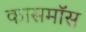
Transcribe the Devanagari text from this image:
कासमॉस